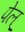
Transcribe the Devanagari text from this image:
पेल्